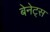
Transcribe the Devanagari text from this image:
बेनेट्स